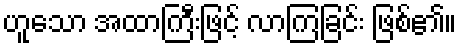
ဟူသော အထာကြီးဖြင့် လာကြခြင်း ဖြစ်၏။